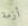
أزمة